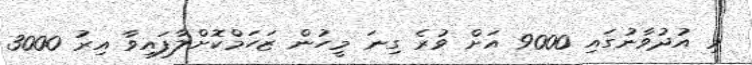
މި އުދުވާނުގައި 9000 އަށް ވުރެ ގިނަ މީހުން ޒަހަމްކޮށްލާފައިވާ އިރު 3000